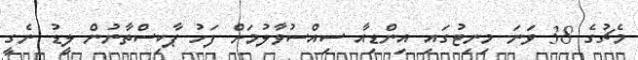
މެޗުގެ 38 ވަނަ މިނިޓުގައި އިންޑިއާ ސިއްސުވާލުމަށް ފަހު ޕާކިސްތާނުން ލީޑު ނެގީ